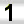
Digit: 1